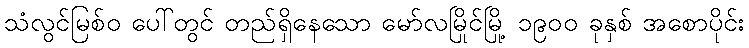
သံလွင်မြစ်ဝ ပေါ်တွင် တည်ရှိနေသော မော်လမြိုင်မြို့ ၁၉၀၀ ခုနှစ် အစောပိုင်း